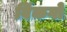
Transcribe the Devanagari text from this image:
विंकगो